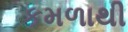
કમળાથી